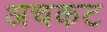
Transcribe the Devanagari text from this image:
अचकट